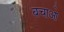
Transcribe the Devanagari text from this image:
बचाआ॓